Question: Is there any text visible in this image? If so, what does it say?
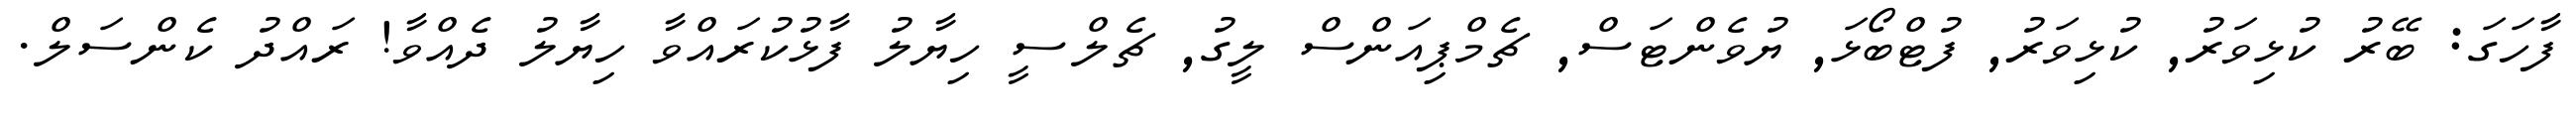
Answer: ފާހަގަ: ބޭރު ކުޅިވަރު, ކުޅިވަރު, ފުޓްބޯޅަ, ޔުވެންޓަސް, ޗެމްޕިއަންސް ލީގު, ޗެލްސީ ހިޔާލު ފާޅުކުރައްވާ ހިޔާލު ދެއްވާ! ރައްދު ކެންސަލް.